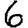
Digit: 6